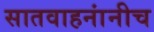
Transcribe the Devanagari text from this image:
सातवाहनांनीच